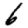
Digit: 6